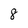
Character: 8